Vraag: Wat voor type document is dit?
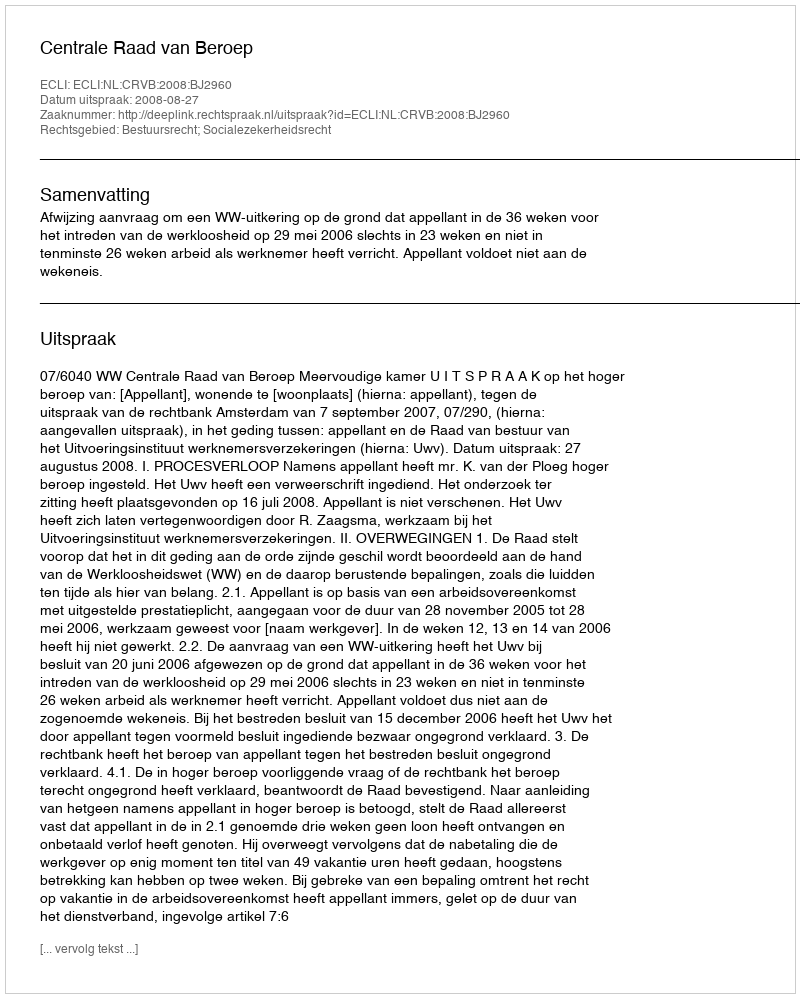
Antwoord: Uitspraak